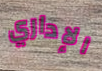
الإداري